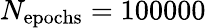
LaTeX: N_{\mathrm{epochs}}=100000